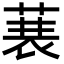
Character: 𮏣